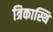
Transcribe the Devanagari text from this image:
त्रिकास्थि